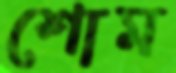
শোম